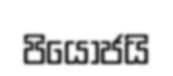
පියොජයි